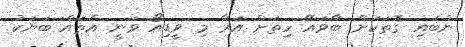
ނުބައި ގޮތަކަށް ބާވައޭ ހިތަށް އަރާ މި ވީޑިއޯ ވަނީ އެތައް ބަޔަކު